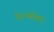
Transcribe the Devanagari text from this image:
येऊन्बीव्हर